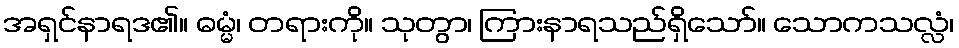
အရှင်နာရဒ၏။ ဓမ္မံ၊ တရားကို။ သုတွာ၊ ကြားနာရသည်ရှိသော်။ သောကသလ္လံ၊